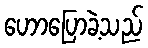
ဟောပြောခဲ့သည်